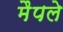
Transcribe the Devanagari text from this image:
मैपले